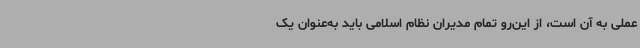
عملی به آن است، از این‌رو تمام مدیران نظام اسلامی باید به‌عنوان یک